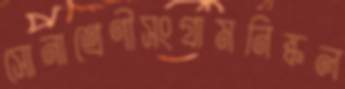
সোনাশ্রেণীসংগ্রামনিষ্কল